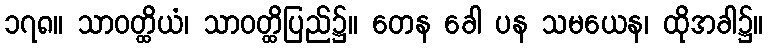
၁၇၈။ သာဝတ္ထိယံ၊ သာဝတ္ထိပြည်၌။ တေန ခေါ ပန သမယေန၊ ထိုအခါ၌။